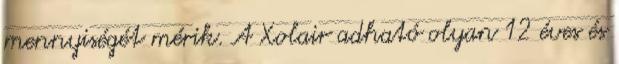
mennyiségét mérik. A Xolair adható olyan 12 éves és